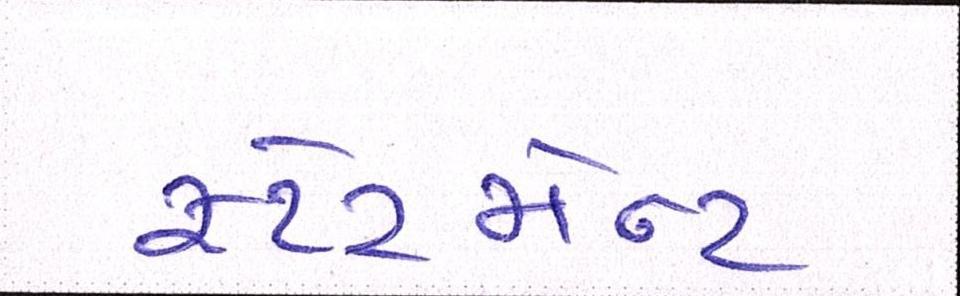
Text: સ્ટેટમેન્ટ